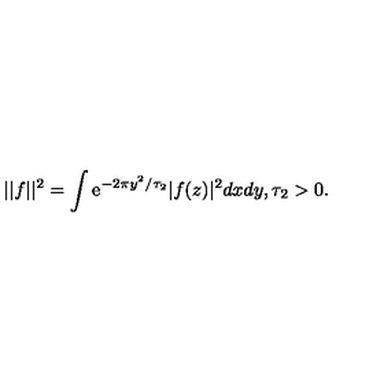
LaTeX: | | f | | ^ { 2 } = \int { \mathrm e } ^ { - 2 \pi y ^ { 2 } / \tau _ { 2 } } | f ( z ) | ^ { 2 } d x d y , \tau _ { 2 } > 0 .